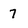
Character: 7